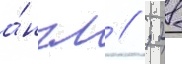
а́нгл // ; 28